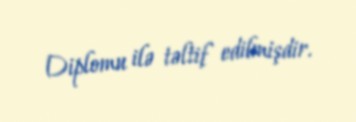
Diplomu ilə təltif edilmişdir.